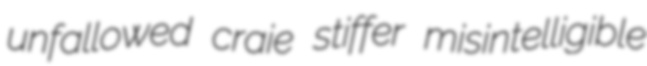
unfallowed craie stiffer misintelligible